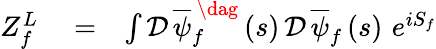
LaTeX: \begin{array}{rlr}{Z_{f}^{L}}&{{}=}&{\int\mathcal{D}\, \overline{{\psi}}_{f}^{\, \dag}\left(s\right)\, \mathcal{D}\, \overline{{\psi}}_{f}\left(s\right)\, \, e^{iS_{f}}}\end{array}